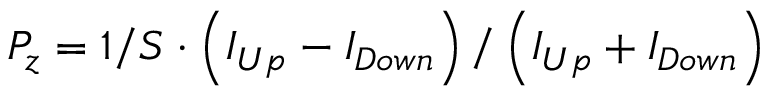
P _ { z } = 1 / S \cdot \left( I _ { U p } - I _ { D o w n } \right) / \left( I _ { U p } + I _ { D o w n } \right)